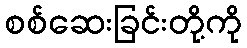
စစ်ဆေးခြင်းတို့ကို